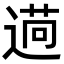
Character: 𦳖